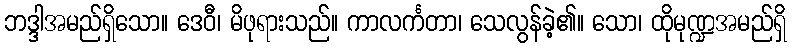
ဘဒ္ဒါအမည်ရှိသော။ ဒေဝီ၊ မိဖုရားသည်။ ကာလင်္ကတာ၊ သေလွန်ခဲ့၏။ သော၊ ထိုမုဏ္ဍအမည်ရှိ